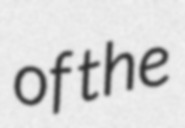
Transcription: of the